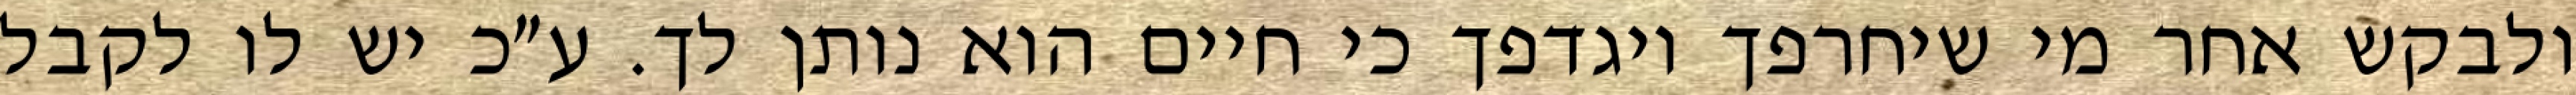
ולבקש אחר מי שיחרפך ויגדפך כי חיים הוא נותן לך. ע״כ יש לו לקבל